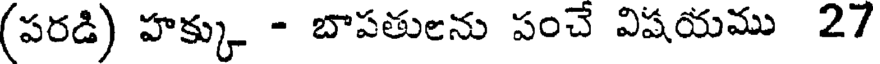
(పరడి) హక్కు - బాపతులను పంచే విషయము 27